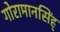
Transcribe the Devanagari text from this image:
गोरामानसिंह्